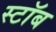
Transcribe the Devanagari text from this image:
स्टॉब